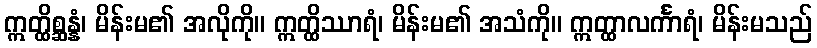
ဣတ္ထိစ္ဆန္နံ၊ မိန်းမ၏ အလိုကို။ ဣတ္ထိဿာရံ၊ မိန်းမ၏ အသံကို။ ဣတ္ထာလင်္ကာရံ၊ မိန်းမသည်